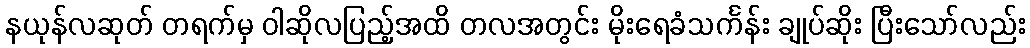
နယုန်လဆုတ် တရက်မှ ဝါဆိုလပြည့်အထိ တလအတွင်း မိုးရေခံသင်္ကန်း ချုပ်ဆိုး ပြီးသော်လည်း